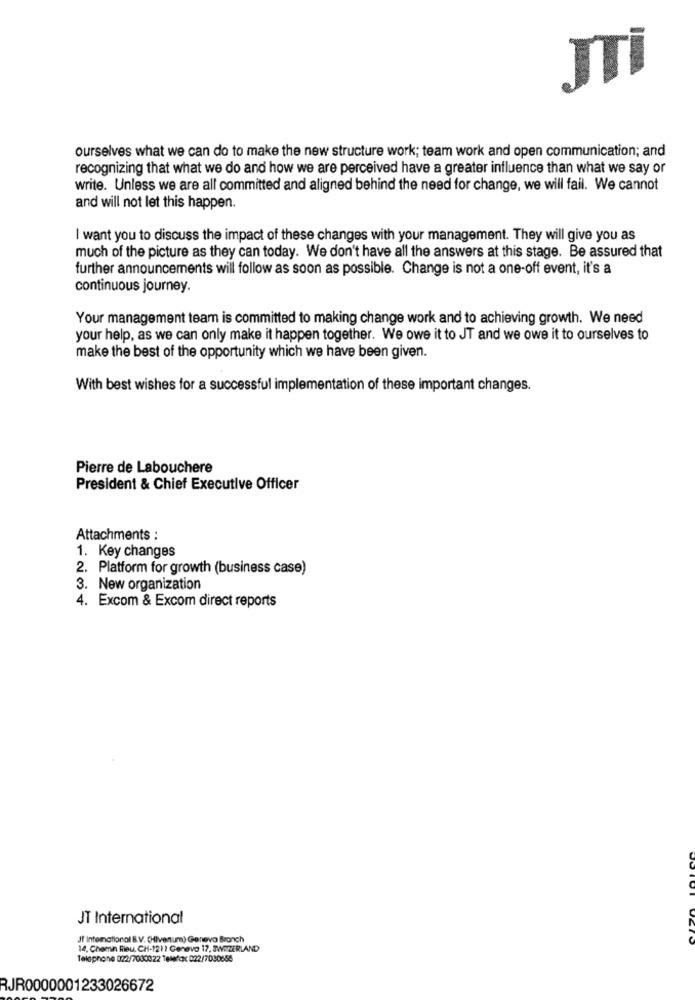
JTI
ourselves what we can do to make the new structure work; team work and open communication; and
recognizing that what we do and how we are perceived have a greater influence than what we say or
write. Unless we are all committed and aligned behind the need for change, we will fail. We cannot
and will not let this happen.
I want you to discuss the impact of these changes with your management. They will give you as
much of the picture as they can today. We don't have all the answers at this stage. Be assured that
further announcements will follow as soon as possible. Change is not a one-off event, it's a
continuous journey.
Your management team is committed to making change work and to achieving growth. We need
your help, as we can only make it happen together. We owe it to JT and we owe it to ourselves to
make the best of the opportunity which we have been given.
With best wishes for a successful implementation of these important changes.
Pierre de Labouchere
President & Chief Executive Officer
Attachments :
1. Key changes
2. Platform for growth (business case)
3. New organization
4. Excom & Excom direct reports
JT International
JT International B.V. (Hivenum) Geneva Branch
14, Chemin Rieu, CH-1211 Geneva 17, JWATERLAND
Telephone 022/7030022 Telefax 022/7030655
RJR0000001233026672